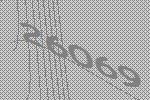
26069